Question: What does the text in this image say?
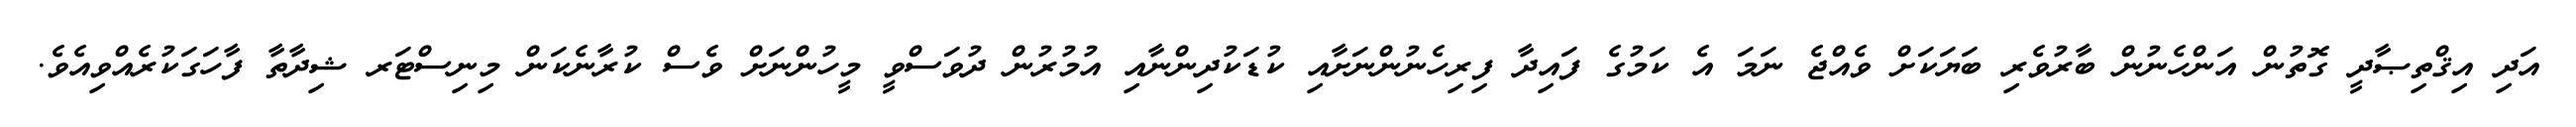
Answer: އަދި އިޤްތިޞާދީ ގޮތުން އަންހެނުން ބާރުވެރި ބަޔަކަށް ވެއްޖެ ނަމަ އެ ކަމުގެ ފައިދާ ފިރިހެނުންނަށާއި ކުޑަކުދިންނާއި އުމުރުން ދުވަސްވީ މީހުންނަށް ވެސް ކުރާނެކަން މިނިސްޓަރ ޝިދާތާ ފާހަގަކުރެއްވިއެވެ.